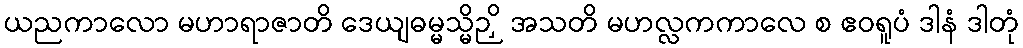
ယညကာလော မဟာရာဇာတိ ဒေယျဓမ္မသ္မိဉှိ အသတိ မဟလ္လကကာလေ စ ဧဝရူပံ ဒါနံ ဒါတုံ